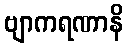
ဗျာကရဏာနိ